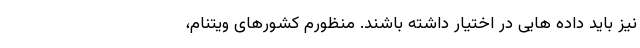
نیز باید داده هایی در اختیار داشته باشند. منظورم کشورهای ویتنام،